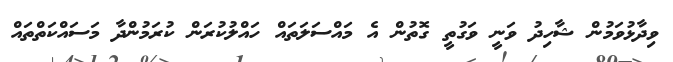
ވިދާޅުވަމުން ޝާހިދު ވަނީ ވަގުތީ ގޮތުން އެ މައްސަލަތައް ހައްލުކުރަން ކުރަމުންދާ މަސައްކަތްތައް